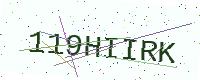
Text: 119HIIRK